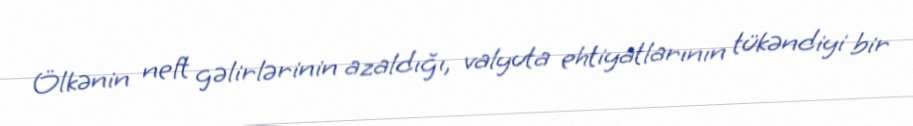
Ölkənin neft gəlirlərinin azaldığı, valyuta ehtiyatlarının tükəndiyi bir